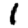
Digit: 1